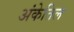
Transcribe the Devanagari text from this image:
अंकेतिल